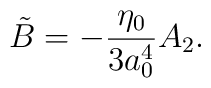
\tilde{B} = -{\eta_0\over 3 a_0^4}A_2.